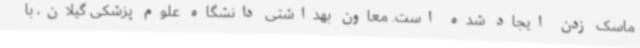
ماسک زدن ایجاد شده است. معاون بهداشتی دانشگاه علوم پزشکی گیلان، با